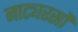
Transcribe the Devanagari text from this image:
नाट्यरसों